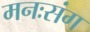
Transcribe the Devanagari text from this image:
मनःसंग